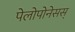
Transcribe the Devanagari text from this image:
पेलोपोनेसस्